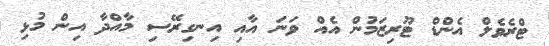
ޓްރެވެލް އެންޑް ޓޫރިޒަމުން އެއް ވަނަ އާއި އިނގިރޭސި މާއްދާ އިން މުޅި